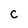
Character: C